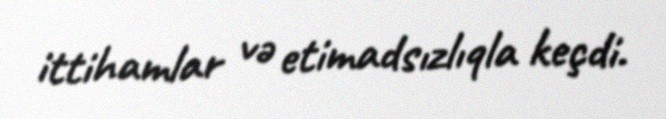
ittihamlar və etimadsızlıqla keçdi.